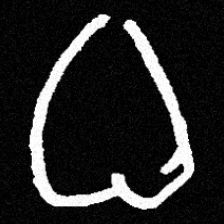
Pyu character \u2014 Myanmar letter: ဓ (romanized: dha)